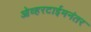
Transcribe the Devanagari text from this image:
ओव्हरटाईमनंतर